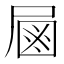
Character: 𡲖